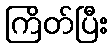
ကြိတ်ပြီး